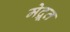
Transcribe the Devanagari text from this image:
मेद्रूत